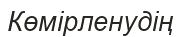
Көмірленудің